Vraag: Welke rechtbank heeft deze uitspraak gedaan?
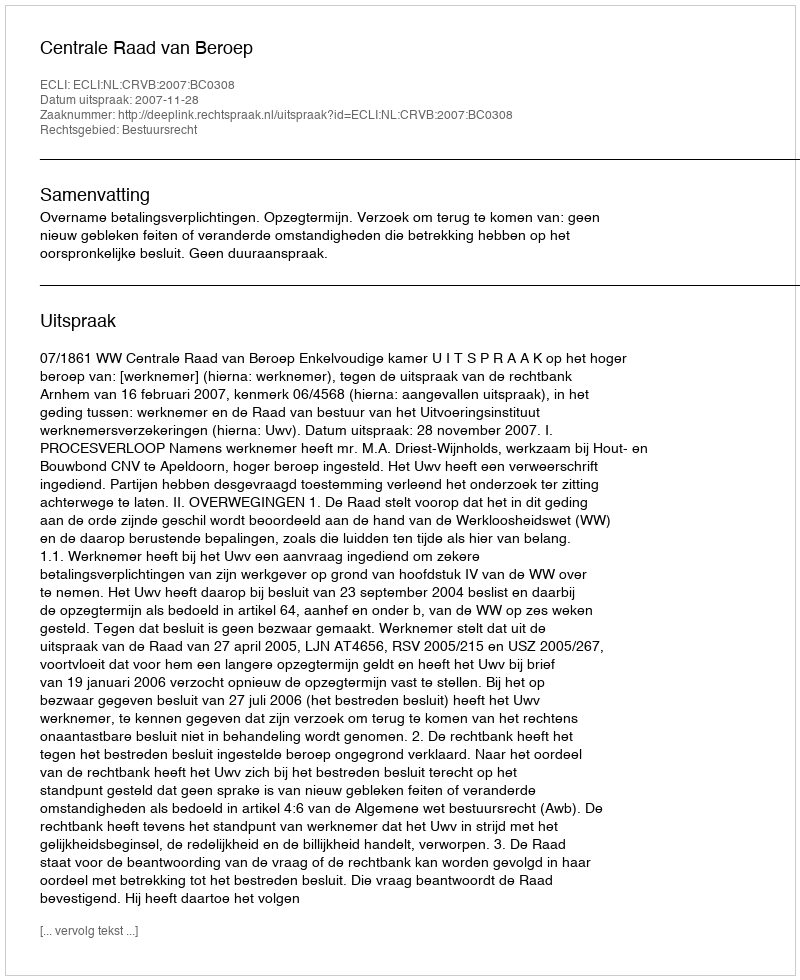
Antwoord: Centrale Raad van Beroep